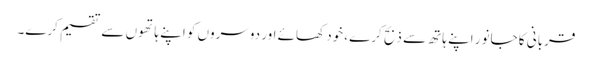
قربانی کا جانور اپنے ہاتھ سے ذبح کرے ،خود کھائے اور دوسروں کو اپنے ہاتھوں سے تقسیم کرے۔